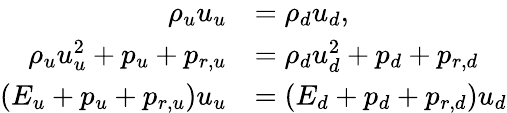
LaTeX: \begin{array}{rl}{\rho_{u}u_{u}}&{=\rho_{d}u_{d},}\\ {\rho_{u}u_{u}^{2}+p_{u}+p_{r,u}}&{=\rho_{d}u_{d}^{2}+p_{d}+p_{r,d}}\\ {(E_{u}+p_{u}+p_{r,u})u_{u}}&{=(E_{d}+p_{d}+p_{r,d})u_{d}}\end{array}